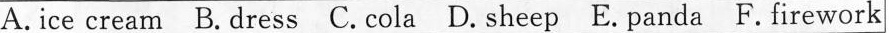
A.ice cream B.dress C.cola D.sheep E.panda F.firework